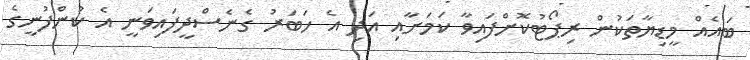
ބައެއް މީޑިޔާތަކުން ރިޕޯޓުކޮށްފައިވާ ކަމަށާއި އަދި އެ ހަބަރު ގެނެސްދީފައިވަނީ އެ ކުންފުނީގެ